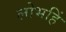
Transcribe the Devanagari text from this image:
लोभहिं